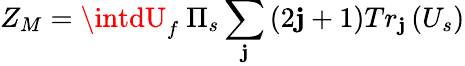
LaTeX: Z_{M}=\intdU_{f}\ \Pi_{s}\sum_{\mathbf{j}}\left(2\mathbf{j}+1\right)Tr_{\mathbf{j}}\left(U_{s}\right)